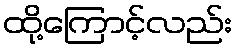
ထို့ကြောင့်လည်း